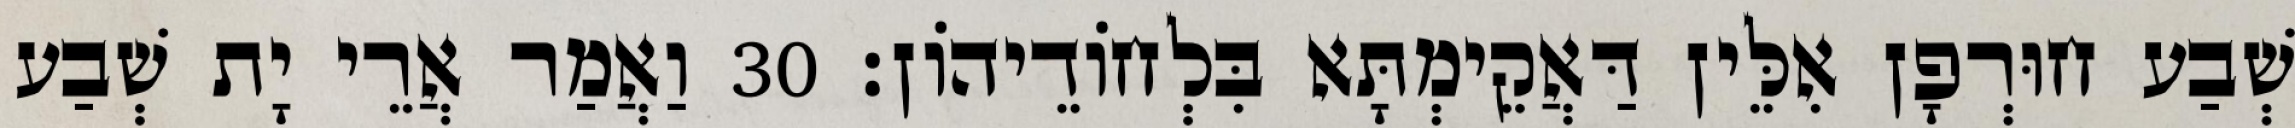
שְׁבַע חוּרְפָן אִלֵּין דַּאֲקֵימְתָּא בִּלְחוֹדֵיהוֹן׃ 30 וַאֲמַר אֲרֵי יָת שְׁבַע